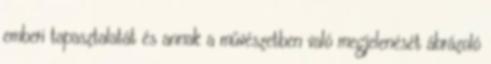
emberi tapasztalatát és annak a művészetben való megjelenését ábrázoló